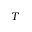
T